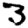
Digit: 3